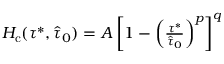
\begin{array} { r } { H _ { \mathrm { c } } ( \tau ^ { * } , \hat { \tau } _ { 0 } ) = A \left[ 1 - \left( \frac { \tau ^ { * } } { \hat { \tau } _ { 0 } } \right) ^ { p } \right] ^ { q } } \end{array}